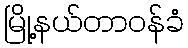
မြို့နယ်တာဝန်ခံ